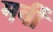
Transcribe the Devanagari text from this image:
मवीं